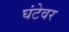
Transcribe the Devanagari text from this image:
घंटेवर